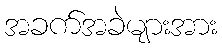
အခက်အခဲများအား